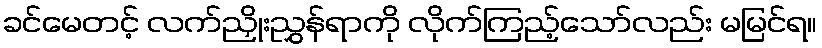
ခင်မေတင့် လက်ညှိုးညွှန်ရာကို လိုက်ကြည့်သော်လည်း မမြင်ရ။